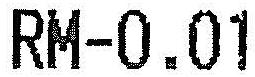
RM-0.01